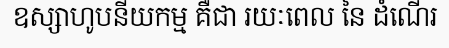
ឧស្សាហូបនីយកម្ម គឺជា រយៈពេល នៃ ដំណើរ